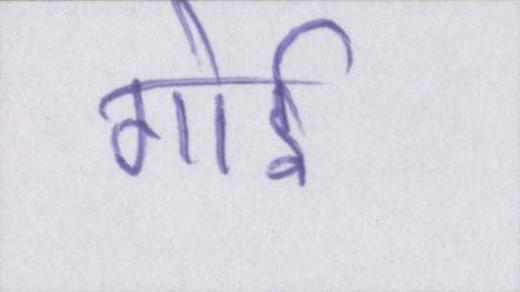
गोई